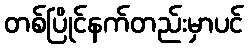
တစ်ပြိုင်နက်တည်းမှာပင်